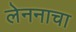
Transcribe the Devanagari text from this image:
लेननाचा